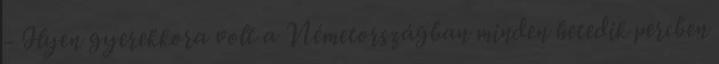
- Ilyen gyerekkora volt a Németországban minden hetedik percben